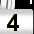
Digit: 3